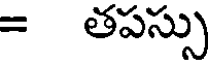
= తపస్సు